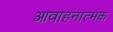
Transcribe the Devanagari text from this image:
आवाहनात्मक